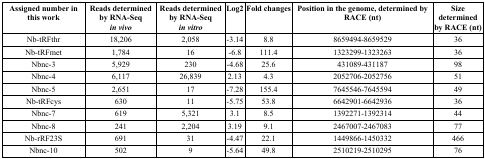
<table><thead><tr><td><b>Assigned number in this work</b></td><td><b>Reads determined by RNA-Seq<i>in vivo</i></b></td><td><b>Reads determined by RNA-Seq<i>in vitro</i></b></td><td><b>Log2</b></td><td><b>Fold changes</b></td><td><b>Position in the genome, determined by RACE (nt)</b></td><td><b>Sizedeterminedby RACE (nt)</b></td></tr></thead><tbody><tr><td>Nb-tRFthr</td><td>18,206</td><td>2,058</td><td>-3.14</td><td>8.8</td><td>8659494-8659529</td><td>36</td></tr><tr><td>Nb-tRFmet</td><td>1,784</td><td>16</td><td>-6.8</td><td>111.4</td><td>1323299-1323263</td><td>36</td></tr><tr><td>Nbnc-3</td><td>5,929</td><td>230</td><td>-4.68</td><td>25.6</td><td>431089-431187</td><td>98</td></tr><tr><td>Nbnc-4</td><td>6,117</td><td>26,839</td><td>2.13</td><td>4.3</td><td>2052706-2052756</td><td>51</td></tr><tr><td>Nbnc-5</td><td>2,651</td><td>17</td><td>-7.28</td><td>155.4</td><td>7645546-7645594</td><td>49</td></tr><tr><td>Nb-tRFcys</td><td>630</td><td>11</td><td>-5.75</td><td>53.8</td><td>6642901-6642936</td><td>36</td></tr><tr><td>Nbnc-7</td><td>619</td><td>5,321</td><td>3.1</td><td>8.5</td><td>1392271-1392314</td><td>44</td></tr><tr><td>Nbnc-8</td><td>241</td><td>2,204</td><td>3.19</td><td>9.1</td><td>2467007-2467083</td><td>77</td></tr><tr><td>Nb-rRF23S</td><td>691</td><td>31</td><td>-4.47</td><td>22.1</td><td>1449866-1450332</td><td>466</td></tr><tr><td>Nbnc-10</td><td>502</td><td>9</td><td>-5.64</td><td>49.8</td><td>2510219-2510295</td><td>76</td></tr></tbody></table>